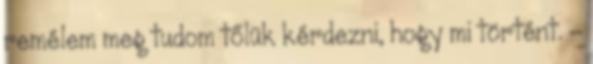
remélem meg tudom tőlük kérdezni, hogy mi történt. –